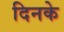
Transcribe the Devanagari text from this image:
दिनके